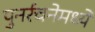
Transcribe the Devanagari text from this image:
पुनर्रचनेमध्ये